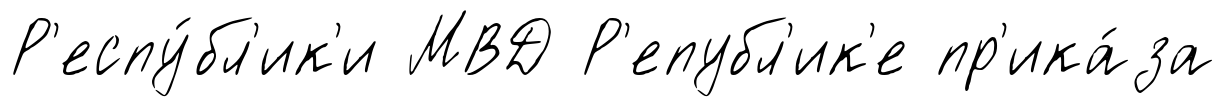
Р'еспу́бл'ик'и МВД Р'епубл'ик'е пр'ика́за